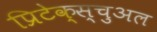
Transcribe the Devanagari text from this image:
प्रिटेक्स्चुअल